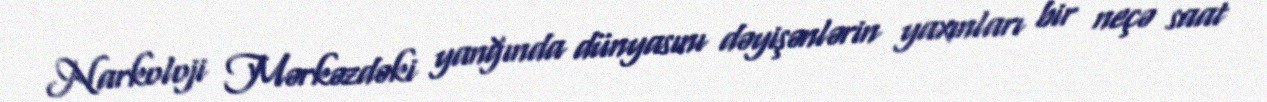
Narkoloji Mərkəzdəki yanğında dünyasını dəyişənlərin yaxınları bir neçə saat